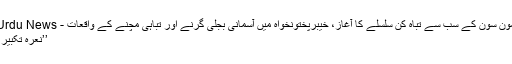
مون سون کے سب سے تباہ کن سلسلے کا آغاز، خیبرپختونخواہ میں آسمانی بجلی گرنے اور تباہی مچنے کے واقعات - Urdu News
’’نعرہ تکبیر ۔